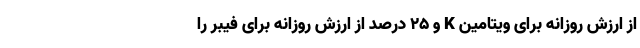
از ارزش روزانه برای ویتامین K و 25 درصد از ارزش روزانه برای فیبر را